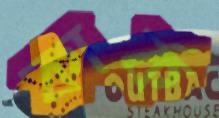
কার্ক